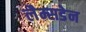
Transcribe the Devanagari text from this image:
लैम्सडेन